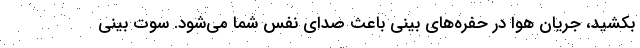
بکشید، جریان هوا در حفره‌های بینی باعث صدای نفس شما می‌شود. سوت بینی